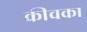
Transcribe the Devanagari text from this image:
कीचका